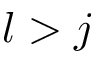
l > j